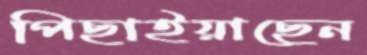
পিছাইয়াছেন